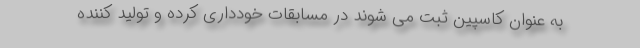
به عنوان کاسپین ثبت می شوند در مسابقات خودداری کرده و تولید کننده